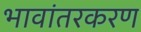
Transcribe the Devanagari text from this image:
भावांतरकरण